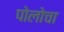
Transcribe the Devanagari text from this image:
पोलोचा